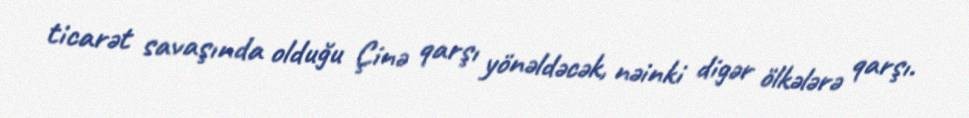
ticarət savaşında olduğu Çinə qarşı yönəldəcək, nəinki digər ölkələrə qarşı.